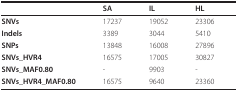
<table><thead><tr><td></td><td><b>SA</b></td><td><b>IL</b></td><td><b>HL</b></td></tr></thead><tbody><tr><td><b>SNVs</b></td><td>17237</td><td>19052</td><td>23306</td></tr><tr><td><b>Indels</b></td><td>3389</td><td>3044</td><td>5410</td></tr><tr><td><b>SNPs</b></td><td>13848</td><td>16008</td><td>27896</td></tr><tr><td><b>SNVs_HVR4</b></td><td>16575</td><td>17005</td><td>30827</td></tr><tr><td><b>SNVs_MAF0.80</b></td><td>-</td><td>9903</td><td>-</td></tr><tr><td><b>SNVs_HVR4_MAF0.80</b></td><td>16575</td><td>9640</td><td>23360</td></tr></tbody></table>